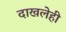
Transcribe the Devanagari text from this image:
दाखलेही